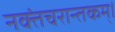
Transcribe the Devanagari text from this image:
नक्तंचरान्तकम्‌।